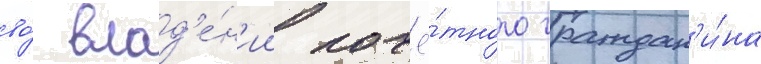
во́ влад'е́н'ии почё́тного граждан'и́на